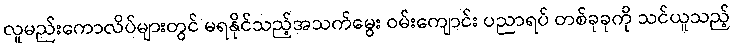
လူမည်းကောလိပ်များတွင် မရနိုင်သည့်အသက်မွေး ဝမ်းကျောင်း ပညာရပ် တစ်ခုခုကို သင်ယူသည့်